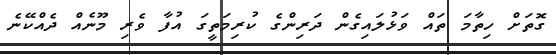
ގޮތަށް ހިތާމަ ތައް ވަޅުލައިގެން ދަރިންގެ ކުރިމަތީގަ އުފާ ވެރި މޫނެއް ދެއްކޭނެ